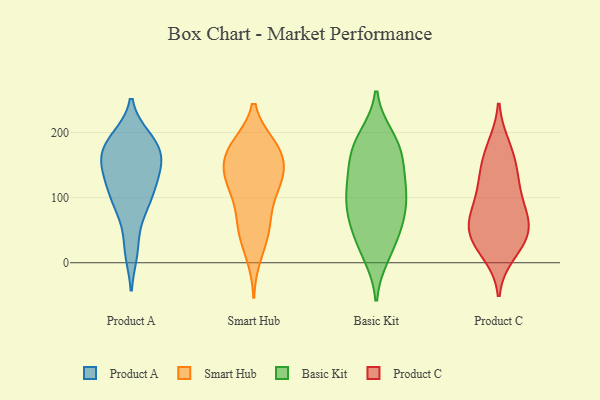
{"axis": {"x": "Revenue (USD Million)", "y": "Value"}, "legend": ["Basic Kit", "Product A", "Product C", "Smart Hub"], "data": [{"x": "", "y": 80, "type": "Product A"}, {"x": "", "y": 153, "type": "Product A"}, {"x": "", "y": 191, "type": "Product A"}, {"x": "", "y": 110, "type": "Product A"}, {"x": "", "y": 105, "type": "Product A"}, {"x": "", "y": 126, "type": "Product A"}, {"x": "", "y": 185, "type": "Product A"}, {"x": "", "y": 18, "type": "Product A"}, {"x": "", "y": 152, "type": "Product A"}, {"x": "", "y": 139, "type": "Product A"}, {"x": "", "y": 80, "type": "Product A"}, {"x": "", "y": 160, "type": "Product A"}, {"x": "", "y": 182, "type": "Product A"}, {"x": "", "y": 151, "type": "Product A"}, {"x": "", "y": 176, "type": "Product A"}, {"x": "", "y": 92, "type": "Product A"}, {"x": "", "y": 21, "type": "Product A"}, {"x": "", "y": 174, "type": "Product A"}, {"x": "", "y": 190, "type": "Product A"}, {"x": "", "y": 123, "type": "Product A"}, {"x": "", "y": 133, "type": "Smart Hub"}, {"x": "", "y": 115, "type": "Smart Hub"}, {"x": "", "y": 146, "type": "Smart Hub"}, {"x": "", "y": 10, "type": "Smart Hub"}, {"x": "", "y": 67, "type": "Smart Hub"}, {"x": "", "y": 179, "type": "Smart Hub"}, {"x": "", "y": 56, "type": "Smart Hub"}, {"x": "", "y": 179, "type": "Smart Hub"}, {"x": "", "y": 148, "type": "Smart Hub"}, {"x": "", "y": 100, "type": "Smart Hub"}, {"x": "", "y": 54, "type": "Smart Hub"}, {"x": "", "y": 178, "type": "Smart Hub"}, {"x": "", "y": 145, "type": "Smart Hub"}, {"x": "", "y": 169, "type": "Smart Hub"}, {"x": "", "y": 39, "type": "Smart Hub"}, {"x": "", "y": 122, "type": "Smart Hub"}, {"x": "", "y": 118, "type": "Smart Hub"}, {"x": "", "y": 180, "type": "Smart Hub"}, {"x": "", "y": 43, "type": "Basic Kit"}, {"x": "", "y": 142, "type": "Basic Kit"}, {"x": "", "y": 108, "type": "Basic Kit"}, {"x": "", "y": 128, "type": "Basic Kit"}, {"x": "", "y": 109, "type": "Basic Kit"}, {"x": "", "y": 173, "type": "Basic Kit"}, {"x": "", "y": 68, "type": "Basic Kit"}, {"x": "", "y": 193, "type": "Basic Kit"}, {"x": "", "y": 53, "type": "Basic Kit"}, {"x": "", "y": 105, "type": "Basic Kit"}, {"x": "", "y": 81, "type": "Basic Kit"}, {"x": "", "y": 187, "type": "Basic Kit"}, {"x": "", "y": 79, "type": "Basic Kit"}, {"x": "", "y": 156, "type": "Basic Kit"}, {"x": "", "y": 12, "type": "Basic Kit"}, {"x": "", "y": 178, "type": "Basic Kit"}, {"x": "", "y": 19, "type": "Basic Kit"}, {"x": "", "y": 74, "type": "Product C"}, {"x": "", "y": 111, "type": "Product C"}, {"x": "", "y": 15, "type": "Product C"}, {"x": "", "y": 137, "type": "Product C"}, {"x": "", "y": 178, "type": "Product C"}, {"x": "", "y": 137, "type": "Product C"}, {"x": "", "y": 99, "type": "Product C"}, {"x": "", "y": 31, "type": "Product C"}, {"x": "", "y": 169, "type": "Product C"}, {"x": "", "y": 61, "type": "Product C"}, {"x": "", "y": 39, "type": "Product C"}, {"x": "", "y": 60, "type": "Product C"}, {"x": "", "y": 34, "type": "Product C"}, {"x": "", "y": 64, "type": "Product C"}]}